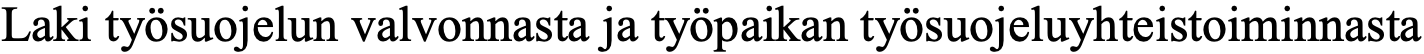
Laki työsuojelun valvonnasta ja työpaikan työsuojeluyhteistoiminnasta